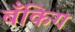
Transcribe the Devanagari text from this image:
बँकिग